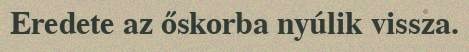
Eredete az őskorba nyúlik vissza.